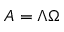
A = \Lambda \Omega